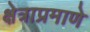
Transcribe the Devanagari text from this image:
क्षेत्राप्रमाणे